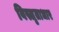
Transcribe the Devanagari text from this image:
विस्तृताधार